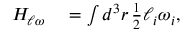
\begin{array} { r l } { H _ { \ell \omega } } & { { } = \int d ^ { 3 } r \, \frac { 1 } { 2 } \ell _ { i } \omega _ { i } , } \end{array}